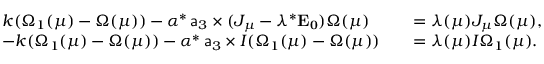
\begin{array} { r l r l } & { k ( \Omega _ { 1 } ( \mu ) - \Omega ( \mu ) ) - \alpha ^ { * } \, \mathsf { a } _ { 3 } \times ( J _ { \mu } - \lambda ^ { * } \mathbf { E _ { 0 } } ) \Omega ( \mu ) } & & { = \lambda ( \mu ) J _ { \mu } \Omega ( \mu ) , } \\ & { - k ( \Omega _ { 1 } ( \mu ) - \Omega ( \mu ) ) - \alpha ^ { * } \, \mathsf { a } _ { 3 } \times I ( \Omega _ { 1 } ( \mu ) - \Omega ( \mu ) ) } & & { = \lambda ( \mu ) I \Omega _ { 1 } ( \mu ) . } \end{array}